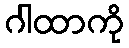
ဂါထာကို